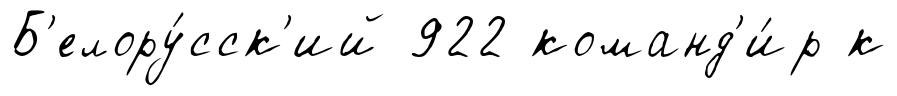
Б'елору́сск'ий 922 команд'и́р к